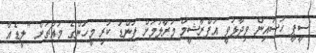
ސީޕީ ހުސައިން ވިދާޅުވީ އަފްރާޝީމް މަރާލުމަށް ފަންޑު ކުރި މީހުންގެ މައްޗަށް "ލީޑެއް